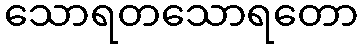
သောရတသောရတော